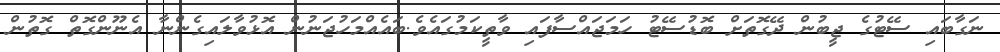
ނަގާބައި ސޭޓުގެ ޖީބުން ދޭގޮތަށް ބޮޑުސޭޓު ހަމަޖައްސާފައި ވާތީކަމުގައެވެ.ބައެއްމަހުޖަނުން އޮޅުވާލައިގެންނާ އެނޫންގޮތް ގޮތުން